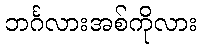
ဘင်္ဂလားအစ်ကိုလား